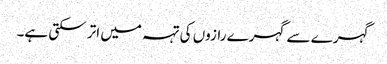
گہرے سے گہرے رازوں کی تہہ میں اتر سکتی ہے۔